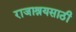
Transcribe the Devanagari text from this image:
राजाश्रयसाठी